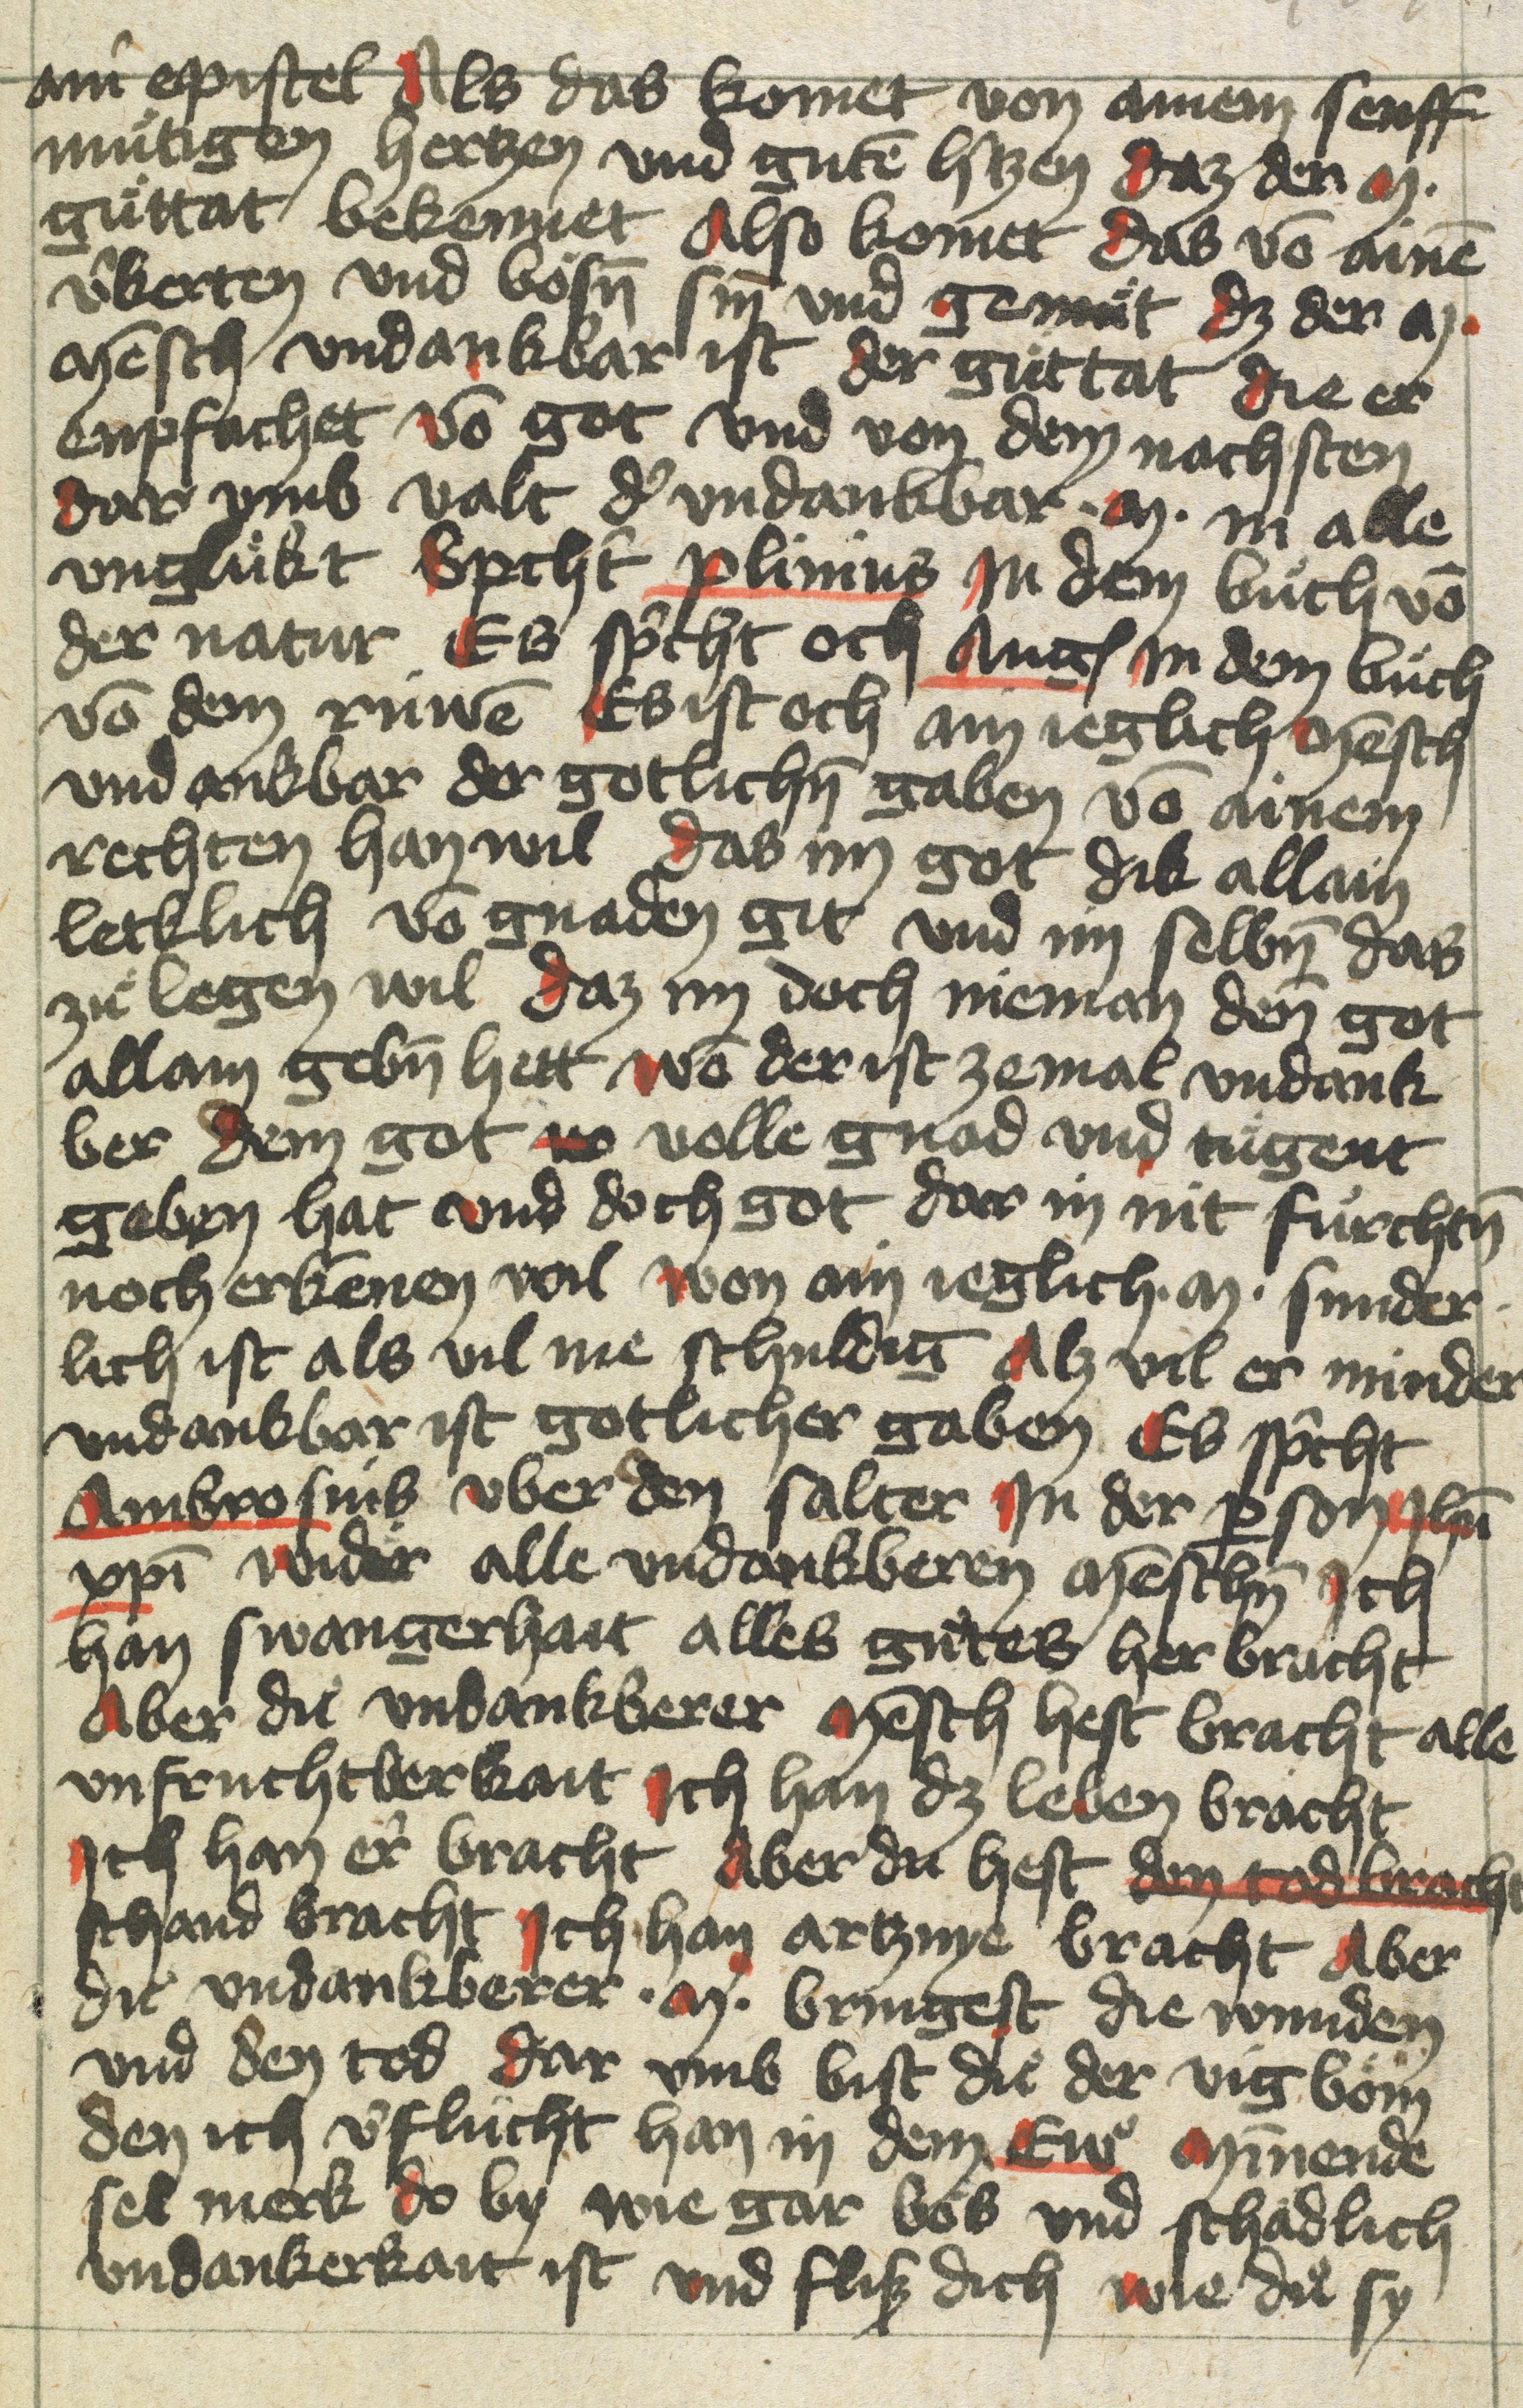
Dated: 1400–1499